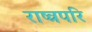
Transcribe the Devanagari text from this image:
राष्त्रपरि